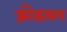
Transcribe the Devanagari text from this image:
फ़्रीडमन